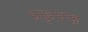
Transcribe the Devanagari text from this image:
यकृतप्श्च